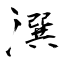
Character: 潠